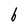
Character: b